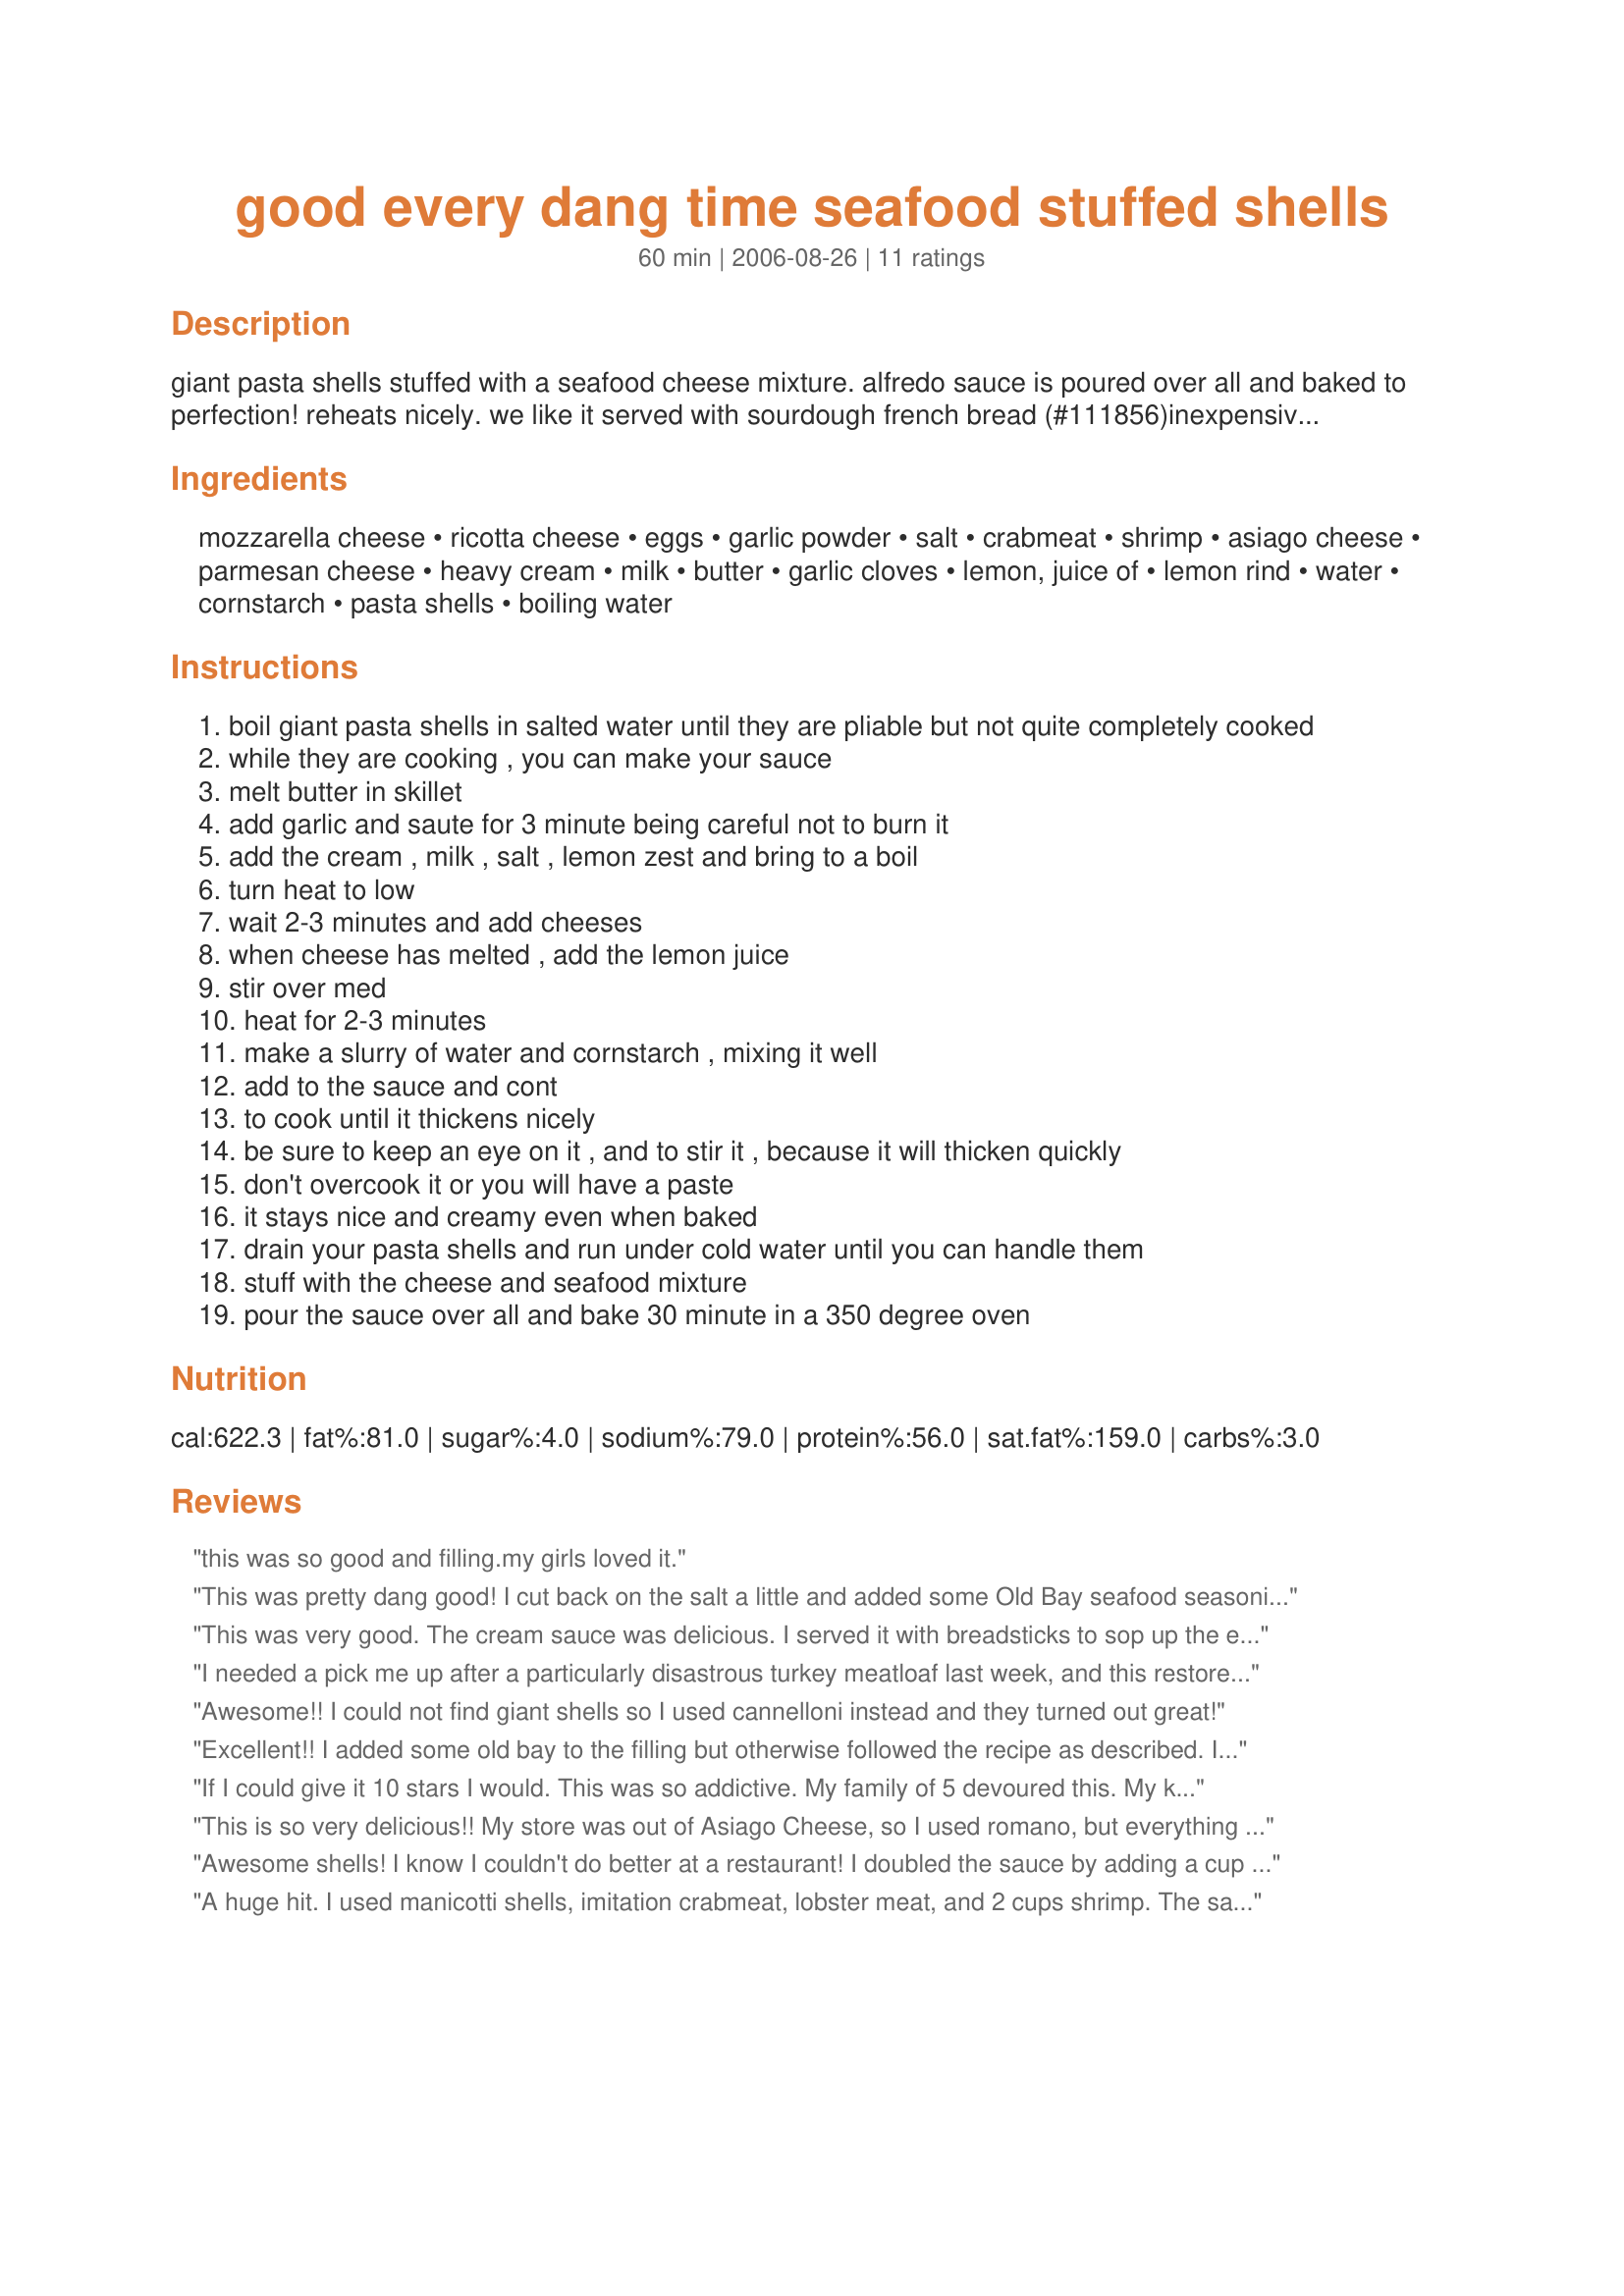
good every dang time seafood stuffed shells
Preparation time: 60 minutes

giant pasta shells stuffed with a seafood cheese mixture. alfredo sauce is poured over all and baked to perfection! reheats nicely. we like it served with sourdough french bread (#111856)inexpensive enough to have on our regular menu but nice enough to serve at special occassions. enjoy!

Ingredients:
mozzarella cheese, ricotta cheese, eggs, garlic powder, salt, crabmeat, shrimp, asiago cheese, parmesan cheese, heavy cream, milk, butter, garlic cloves, lemon, juice of, lemon rind, water, cornstarch, pasta shells, boiling water

Steps:
boil giant pasta shells in salted water until they are pliable but not quite completely cooked
while they are cooking , you can make your sauce
melt butter in skillet
add garlic and saute for 3 minute being careful not to burn it
add the cream , milk , salt , lemon zest and bring to a boil
turn heat to low
wait 2-3 minutes and add cheeses
when cheese has melted , add the lemon juice
stir over med
heat for 2-3 minutes
make a slurry of water and cornstarch , mixing it well
add to the sauce and cont
to cook until it thickens nicely
be sure to keep an eye on it , and to stir it , because it will thicken quickly
don't overcook it or you will have a paste
it stays nice and creamy even when baked
drain your pasta shells and run under cold water until you can handle them
stuff with the cheese and seafood mixture
pour the sauce over all and bake 30 minute in a 350 degree oven

Reviews:
this was so good and filling.my girls loved it.
This was pretty dang good! I cut back on the salt a little and added some Old Bay seafood seasoning and some Mrs. Dash.I also used a shredded Italian cheese blend. It was wonderful. The star entree for Father's Day dinner. Paired it with Mean Chef broccoli with pine nuts.... Roasted Garlic Soup w/Parmesan appetizer and Tomato Basil Bruschetta... a crisp white wine. ***** Made the sauce again...This time sauteed garlic and chunked mushrooms in olive oil and bit of butter...added some marsala wine. Followed the rest of the recipe plus added some capers, cooked chicken and steamed broccoli florets... over pasta.... DELISH! The lemon juice and lemon zest are a wonderful flavor brightener... OK... I can't keep making this or I will roll away... LOL!
This was very good. The cream sauce was delicious. I served it with breadsticks to sop up the extra sauce. Thanks for the recipe!
I needed a pick me up after a particularly disastrous turkey meatloaf last week, and this restored my faith in really good food--great filling with a delicious sauce. I feel pretty again. Thanks for the posting!!!
Awesome!! I could not find giant shells so I used cannelloni instead and they turned out great!
Excellent!! I added some old bay to the filling but otherwise followed the recipe as described. I will definitely be making this again!
If I could give it 10 stars I would. This was so addictive. My family of 5 devoured this. My kids 4,3, and 1 loved this. The 1yr old kept banging his tray for more. I don't know that I would call it an alfredo sauce because that reminds me of a heavy sauce and this was so refreshing with the lemon. Excellent!
This is so very delicious!! My store was out of Asiago Cheese, so I used romano, but everything else stayed the same. The lemon added just zip to the sauce, thanks for a great recipe!!
Awesome shells! I know I couldn't do better at a restaurant! I doubled the sauce by adding a cup and a half of half and half in lieu of the heavy cream and three quarters of a cup of milk. After cooking the sauce and before topping the shells I stirred in a sixteen ounce jar of Classico alfredo. As one reviewer did, I sauteed a half of a pound of mushrooms before adding the garlic to the pan. Along with the other cheeses, I used a half pound of asiago (divided) and a half pound of mozarella reserving a small amount of the latter to top the sauced casserole with a liberal amount of black pepper as well. Twenty four shells seemed to do the job very nicely. For the filling I used two cups of langostino. Thank you so much Lisa for a real winner!
A huge hit. I used manicotti shells, imitation crabmeat, lobster meat, and 2 cups shrimp. The sauce was wonderful and would be good on any kind of pasta. Thank you for an awesome recipe
I was really disappointed with this recipe... it was rather bland and needed more flavour. I feel some herbs may lift it but worth experimenting with it.
